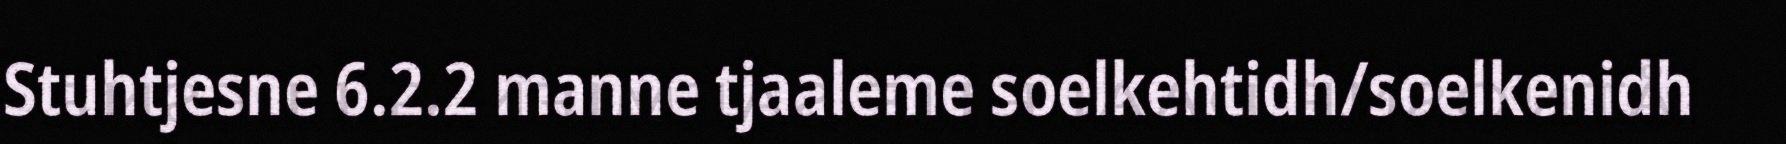
Stuhtjesne 6.2.2 manne tjaaleme soelkehtidh/soelkenidh